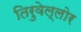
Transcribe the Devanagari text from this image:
तिरुवेल्लोर